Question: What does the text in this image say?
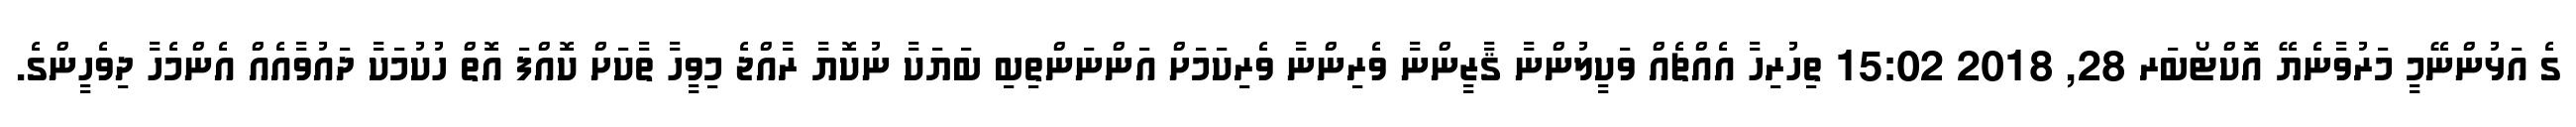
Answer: ގެ އަޅުންނޭމީ މަރުވާނެޔޭ އޮކްޓޯބަރ 28, 2018 15:02 ތިހުރިހާ އެއްޗެއް ވަކީލުންނާ ޤާޒީންނާ ވެރިންނާ ވެރިކަމަށް އަންނަންތިބި ބަޔަކާ ނުކޮޔާ ރާއްޖެ މިވީހާ ތާކަށް ކޮއްފަ އޮތް ހުކުމަކާ ދައުވާއެއް އެންމެހާ ދިވެހީންގެ.